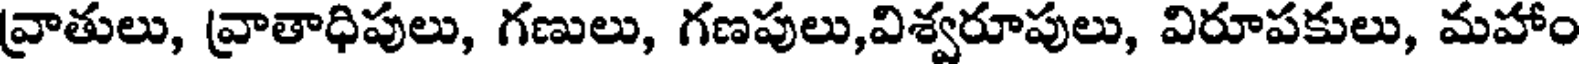
వ్రాతులు, వ్రాతాధిపులు, గణులు, గణపులు,విశ్వరూపులు, విరూపకులు, మహాం